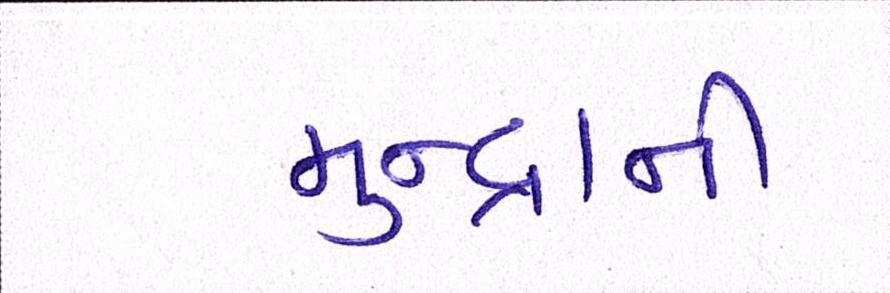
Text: મુન્દ્રાની